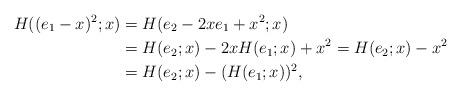
LaTeX: \begin{align*}H((e_1-x)^2;x)&=H(e_2-2xe_1+x^2;x)\\&=H(e_2;x)-2xH(e_1;x)+x^2=H(e_2;x)-x^2\\&=H(e_2;x)-(H(e_1;x))^2,\end{align*}